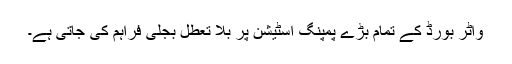
واٹر بورڈ کے تمام بڑے پمپنگ اسٹیشن پر بلا تعطل بجلی فراہم کی جاتی ہے۔